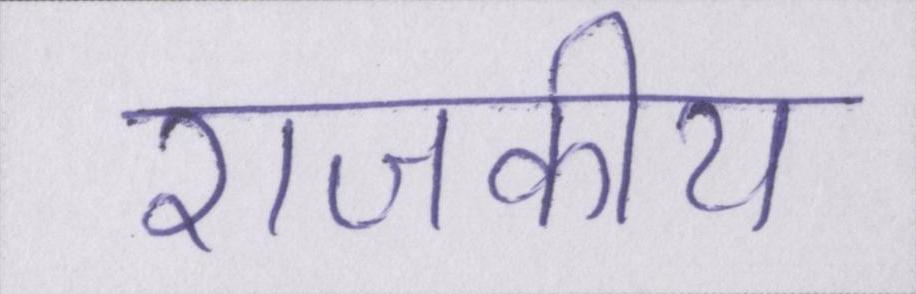
राजकीय